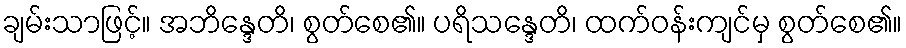
ချမ်းသာဖြင့်။ အဘိန္ဒေတိ၊ စွတ်စေ၏။ ပရိသန္ဒေတိ၊ ထက်ဝန်းကျင်မှ စွတ်စေ၏။